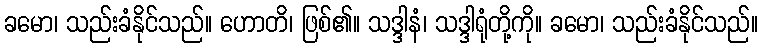
ခမော၊ သည်းခံနိုင်သည်။ ဟောတိ၊ ဖြစ်၏။ သဒ္ဒါနံ၊ သဒ္ဒါရုံတို့ကို။ ခမော၊ သည်းခံနိုင်သည်။